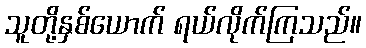
သူတို့နှစ်ယောက် ရယ်လိုက်ကြသည်။